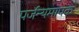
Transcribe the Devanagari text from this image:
पर्जन्यमापक